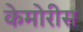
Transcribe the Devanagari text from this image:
केमोरीस